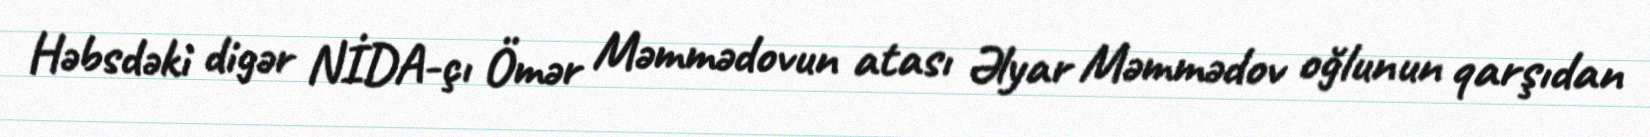
Həbsdəki digər NİDA-çı Ömər Məmmədovun atası Əlyar Məmmədov oğlunun qarşıdan